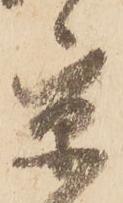
京